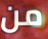
من